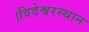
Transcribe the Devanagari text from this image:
।विदेश्वरस्थान